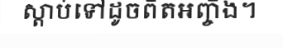
ស្តាប់ទៅដូចពិតអញ្ចឹង។